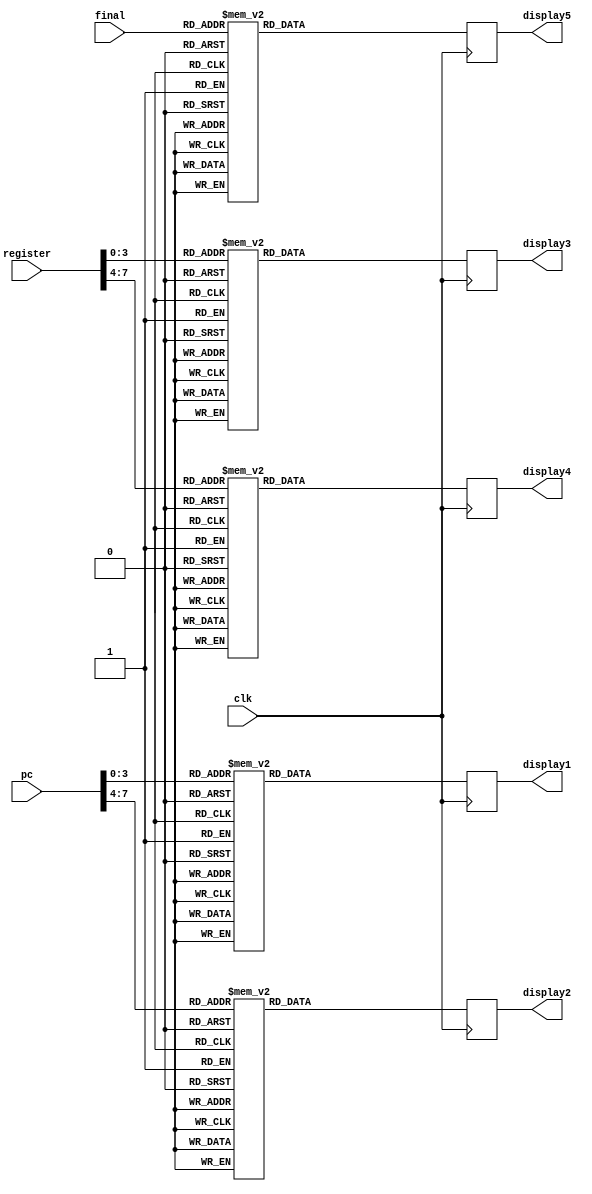
module display (pc, register, final, display1, display2, display3, display4, display5, clk);
   input [31:0] pc;
	input [31:0] register; //variaveis que indicam o valor do pc e do registrador
   input [3:0] final; //variavel que indica o fim da execuo
   input clk;
   //display para os 8bits do PC
   output reg [6:0] display1;
   output reg [6:0] display2;
   //display para os 8bits do Register
   output reg [6:0] display3;
   output reg [6:0] display4;
   //display para sinalizar estado do programa
   output reg [6:0] display5;
	
	//displays em formato Hexadecimal
	always @(posedge clk) begin
			//campo das unidades do pc
			case (pc[3:0])
				4'b0000: display1 <= 7'b1000000; // 0
				4'b0001: display1 <= 7'b1111001; // 1
				4'b0010: display1 <= 7'b0100100; // 2
				4'b0011: display1 <= 7'b0110000; // 3
				4'b0100: display1 <= 7'b0011001; // 4
				4'b0101: display1 <= 7'b0010010; // 5
				4'b0110: display1 <= 7'b0000010; // 6
				4'b0111: display1 <= 7'b1111000; // 7
				4'b1000: display1 <= 7'b0000000; // 8
				4'b1001: display1 <= 7'b0010000; // 9
				4'b1010: display1 <= 7'b0001000; // A
				4'b1011: display1 <= 7'b0000011; // B
				4'b1100: display1 <= 7'b1000110; // C
				4'b1101: display1 <= 7'b0100001; // D
				4'b1110: display1 <= 7'b0000110; // E
				4'b1111: display1 <= 7'b0001110; // F
				//default: display1 <= 7'b1111111; // Exibir todos os segmentos acesos para valores invlidos 
			endcase
			//campo das dezenas do pc
			case (pc[7:4])
				4'b0000: display2 <= 7'b1000000; // 0
				4'b0001: display2 <= 7'b1111001; // 1
				4'b0010: display2 <= 7'b0100100; // 2
				4'b0011: display2 <= 7'b0110000; // 3
				4'b0100: display2 <= 7'b0011001; // 4
				4'b0101: display2 <= 7'b0010010; // 5
				4'b0110: display2 <= 7'b0000010; // 6
				4'b0111: display2 <= 7'b1111000; // 7
				4'b1000: display2 <= 7'b0000000; // 8
				4'b1001: display2 <= 7'b0010000; // 9
				4'b1010: display2 <= 7'b0001000; // A
				4'b1011: display2 <= 7'b0000011; // B
				4'b1100: display2 <= 7'b1000110; // C
				4'b1101: display2 <= 7'b0100001; // D
				4'b1110: display2 <= 7'b0000110; // E
				4'b1111: display2 <= 7'b0001110; // F
				//default: display2 <= 7'b1111111; // Exibir todos os segmentos acesos para valores invlidos 
			endcase
			//campo das unidades do registrador
			case (register[3:0])
				4'b0000: display3 <= 7'b1000000; // 0
				4'b0001: display3 <= 7'b1111001; // 1
				4'b0010: display3 <= 7'b0100100; // 2
				4'b0011: display3 <= 7'b0110000; // 3
				4'b0100: display3 <= 7'b0011001; // 4
				4'b0101: display3 <= 7'b0010010; // 5
				4'b0110: display3 <= 7'b0000010; // 6
				4'b0111: display3 <= 7'b1111000; // 7
				4'b1000: display3 <= 7'b0000000; // 8
				4'b1001: display3 <= 7'b0010000; // 9
				4'b1010: display3 <= 7'b0001000; // A
				4'b1011: display3 <= 7'b0000011; // B
				4'b1100: display3 <= 7'b1000110; // C
				4'b1101: display3 <= 7'b0100001; // D
				4'b1110: display3 <= 7'b0000110; // E
				4'b1111: display3 <= 7'b0001110; // F
				//default: display3 <= 7'b1111111; // Exibir todos os segmentos acesos para valores invlidos  
			endcase
			//campo das dezenas do registrador
			case (register[7:4])
				4'b0000: display4 <= 7'b1000000; // 0
				4'b0001: display4 <= 7'b1111001; // 1
				4'b0010: display4 <= 7'b0100100; // 2
				4'b0011: display4 <= 7'b0110000; // 3
				4'b0100: display4 <= 7'b0011001; // 4
				4'b0101: display4 <= 7'b0010010; // 5
				4'b0110: display4 <= 7'b0000010; // 6
				4'b0111: display4 <= 7'b1111000; // 7
				4'b1000: display4 <= 7'b0000000; // 8
				4'b1001: display4 <= 7'b0010000; // 9
				4'b1010: display4 <= 7'b0001000; // A
				4'b1011: display4 <= 7'b0000011; // B
				4'b1100: display4 <= 7'b1000110; // C
				4'b1101: display4 <= 7'b0100001; // D
				4'b1110: display4 <= 7'b0000110; // E
				4'b1111: display4 <= 7'b0001110; // F
				//default: display4 <= 7'b1111111; // Exibir todos os segmentos acesos para valores invlidos
			endcase
			//display para indicar se todas as intrues foram lidas
			case (final)
				4'b0000: display5 <= 7'b1000000; // 0
				4'b0001: display5 <= 7'b1111001; // 1
				4'b0010: display5 <= 7'b0100100; // 2
				4'b0011: display5 <= 7'b0110000; // 3
				4'b0100: display5 <= 7'b0011001; // 4
				4'b0101: display5 <= 7'b0010010; // 5
				4'b0110: display5 <= 7'b0000010; // 6
				4'b0111: display5 <= 7'b1111000; // 7
				4'b1000: display5 <= 7'b0000000; // 8
				4'b1001: display5 <= 7'b0010000; // 9
				4'b1010: display5 <= 7'b0001000; // A
				4'b1011: display5 <= 7'b0000011; // B
				4'b1100: display5 <= 7'b1000110; // C
				4'b1101: display5 <= 7'b0100001; // D
				4'b1110: display5 <= 7'b0000110; // E
				4'b1111: display5 <= 7'b0001110; // F
				//default: display5 <= 7'b1111111; // Exibir todos os segmentos acesos para valores invlidos
			endcase
	end

endmodule